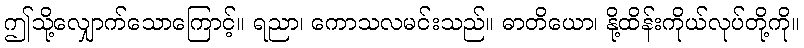
ဤသို့လျှောက်သောကြောင့်။ ရညာ၊ ကောသလမင်းသည်။ ဓာတိယော၊ နို့ထိန်းကိုယ်လုပ်တို့ကို။